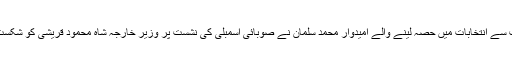
آزاد حیثیت سے انتخابات میں حصہ لینے والے امیدوار محمد سلمان نے صوبائی اسمبلی کی نشست پر وزیر خارجہ شاہ محمود قریشی کو شکست دی تھی۔